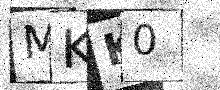
Text: MKK0